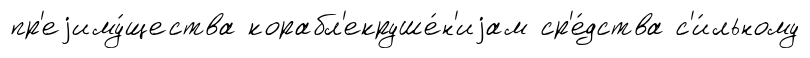
пр'еjиму́щества корабл'екруше́н'иjам ср'е́дства с'и́льному